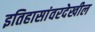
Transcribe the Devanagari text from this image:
इतिहासांवरदेखील